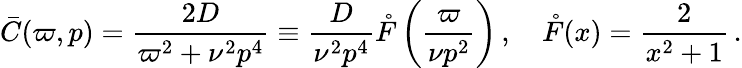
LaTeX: \bar{C}(\varpi,p)=\frac{2D}{\varpi^{2}+\nu^{2}p^{4}}\equiv\frac{D}{\nu^{2}p^{4}}\mathring{F}\left(\frac{\varpi}{\nu p^{2}}\right)\, ,\quad\mathring{F}(x)=\frac{2}{x^{2}+1}\, .